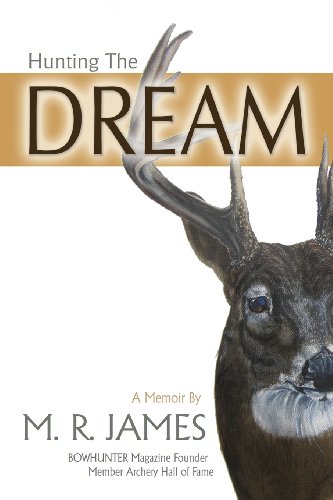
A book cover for Hunting the Dream: A Memoir; M. R. James; Sports & Outdoors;